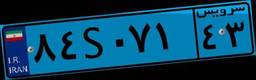
۴۸S۰۱۸۷۲